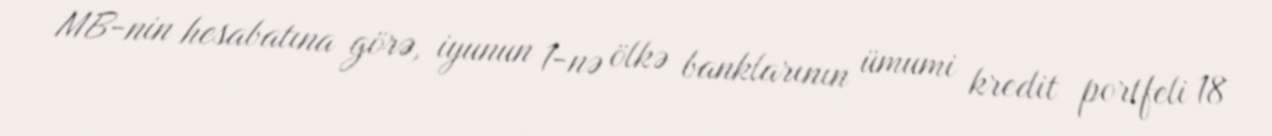
MB-nin hesabatına görə, iyunun 1-nə ölkə banklarının ümumi kredit portfeli 18